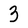
Character: 3